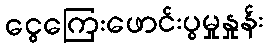
ငွေကြေးဖောင်းပွမှုနှုန်း